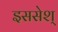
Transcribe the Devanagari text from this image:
इससेश्